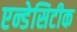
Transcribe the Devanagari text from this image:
एन्डेसिटीक